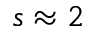
s \approx 2